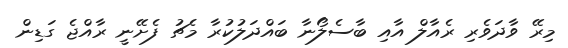
މިރޭ ވާދަވެރި ރެއާލް އާއި ބާސެލޯނާ ބައްދަލުކުރާ މެޗު ފެށޭނީ ރާއްޖެ ގަޑިން